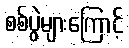
စစ်ပွဲများကြောင့်